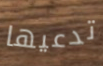
تدعيها